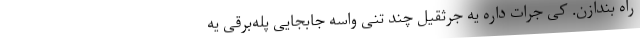
راه بندازن. کی جرات داره یه جرثقیل چند تنی واسه جابجایی پله‌برقی یه